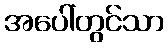
အပေါ်တွင်သာ